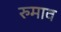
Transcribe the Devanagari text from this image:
रुमाव